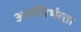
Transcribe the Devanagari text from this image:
अर्न्तनिर्भरता